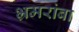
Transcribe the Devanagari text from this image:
भ्रमरांबा